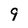
Character: 9